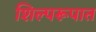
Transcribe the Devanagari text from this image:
शिल्परूपात